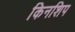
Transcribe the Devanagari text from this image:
किनशिप